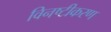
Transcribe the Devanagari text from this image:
विनष्टीकरण